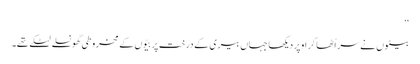
‘‘
بیٹوں نے سر اُٹھا کر اوپر دیکھا جہاں بیری کے درخت پر بیّوں کے مخروطی گھونسلے لٹکے تھے۔